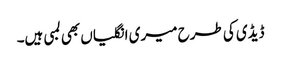
ڈیڈی کی طرح میری انگلیاں بھی لمبی ہیں۔